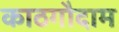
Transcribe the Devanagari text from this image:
काठगौदाम